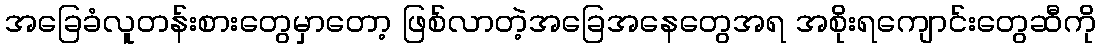
အခြေခံလူတန်းစားတွေမှာတော့ ဖြစ်လာတဲ့အခြေအနေတွေအရ အစိုးရကျောင်းတွေဆီကို